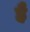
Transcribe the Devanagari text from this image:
हैॅ